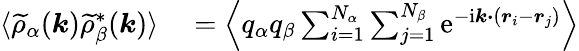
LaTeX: \begin{array}{rl}{\langle\widetilde{\rho}_{\alpha}(\boldsymbol{k})\widetilde{\rho}_{\beta}^{*}(\boldsymbol{k})\rangle}&{{}=\left\langle q_{\alpha}q_{\beta}\sum_{i=1}^{N_{\alpha}}\sum_{j=1}^{N_{\beta}}\mathrm{e}^{-\mathrm{i}\boldsymbol{k\cdot}(\boldsymbol{r}_{i}-\boldsymbol{r}_{j})}\right\rangle}\end{array}